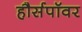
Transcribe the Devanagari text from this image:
हौर्सपॉवर